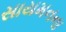
સાયમનના